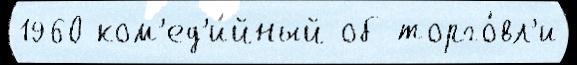
1960 ком'ед'и́йный об торго́вл'и